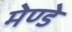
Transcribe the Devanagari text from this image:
मेण्डे